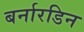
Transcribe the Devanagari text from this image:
बर्नारडिन